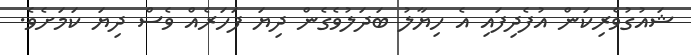
ޝައުގުވެރިކަން އުފެދިފައި އެ ހިޔާލު ބަދަލުވެގެން ދިޔަ ފަހަރެއް ވެސް ދިޔަ ކަމަށެވެ.